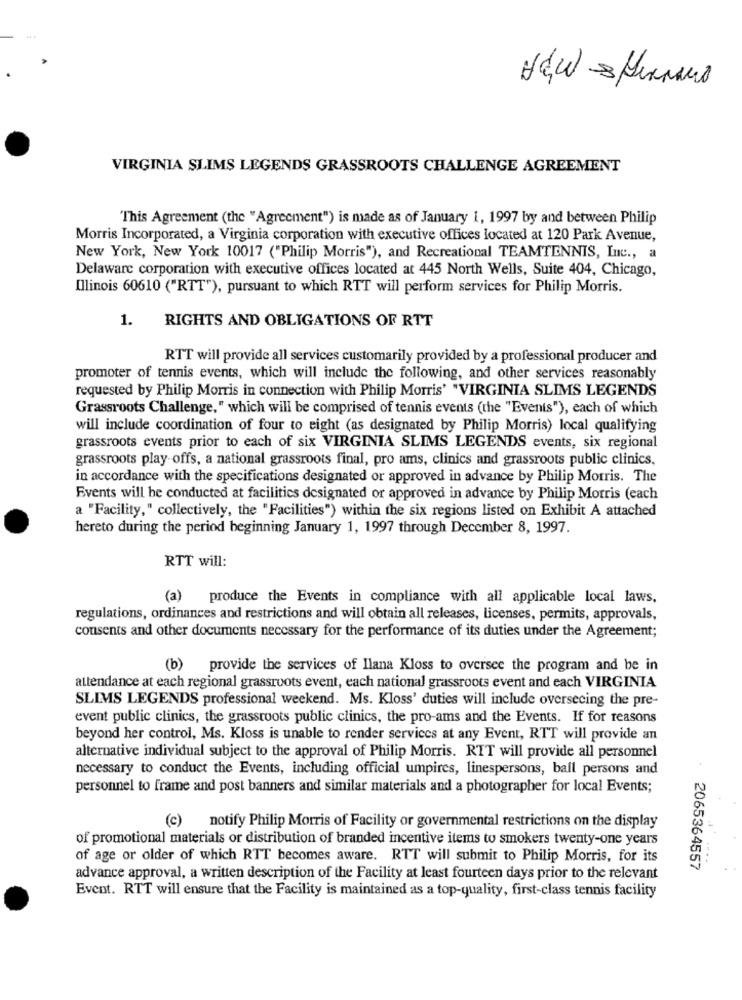
VIRGINIA SLIMS LEGENDS GRASSROOTS CHALLENGE AGREEMENT
This Agreement (the "Agreement") is made as of January 1, 1997 by and between Philip
Morris Incorporated, a Virginia corporation with executive offices located at 120 Park Avenue,
New York, New York 10017 ("Philip Morris"), and Recreational TEAMTENNIS, Inc ., a
Delaware corporation with executive offices located at 445 North Wells, Suite 404, Chicago,
Illinois 60610 ("RTT"), pursuant to which RTT will perform services for Philip Morris.
1.
RIGHTS AND OBLIGATIONS OF RTT
RTT will provide all services customarily provided by a professional producer and
promoter of tennis events, which will include the following, and other services reasonably
requested by Philip Morris in connection with Philip Morris' "VIRGINIA SLIMS LEGENDS
Grassroots Challenge," which will be comprised of tennis events (the "Events"), each of which
will include coordination of four to eight (as designated by Philip Morris) local qualifying
grassroots events prior to each of six VIRGINIA SLIMS LEGENDS events, six regional
grassroots play-offs, a national grassroots final, pro ams, clinics and grassroots public clinics,
in accordance with the specifications designated or approved in advance by Philip Morris. The
Events will be conducted at facilities designated or approved in advance by Philip Morris (each
a "Facility," collectively, the "Facilities") within the six regions listed on Exhibit A attached
hereto during the period beginning January 1, 1997 through December 8, 1997.
RTT will:
(a) produce the Events in compliance with all applicable local laws,
regulations, ordinances and restrictions and will obtain all releases, licenses, permits, approvals,
consents and other documents necessary for the performance of its duties under the Agreement;
(b) provide the services of Ilana Kloss to oversee the program and be in
attendance at each regional grassroots event, each national grassroots event and each VIRGINIA
SLIMS LEGENDS professional weekend. Ms. Kloss' duties will include oversecing the pre-
event public clinics, the grassroots public clinics, the pro-ams and the Events. If for reasons
beyond her control, Ms. Kloss is unable to render services at any Event, RTT will provide an
alternative individual subject to the approval of Philip Morris. RTT will provide all personnel
necessary to conduct the Events, including official umpires, linespersons, ball persons and
personnel to frame and post banners and similar materials and a photographer for local Events;
(c) notify Philip Morris of Facility or governmental restrictions on the display
of promotional materials or distribution of branded incentive items to smokers twenty-one years
of age or older of which RTT becomes aware. RTT will submit to Philip Morris, for its
2065364557
advance approval, a written description of the Facility at least fourteen days prior to the relevant
Event. RTT will ensure that the Facility is maintained as a top-quality, first-class tennis facility